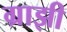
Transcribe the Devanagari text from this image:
ग्राझी